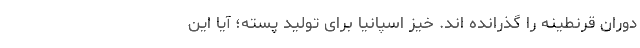
دوران قرنطینه را گذرانده اند. خیز اسپانیا برای تولید پسته؛ آیا این